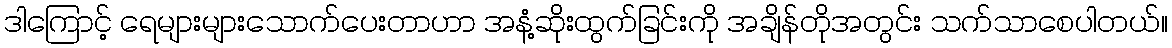
ဒါကြောင့် ရေများများသောက်ပေးတာဟာ အနံ့ဆိုးထွက်ခြင်းကို အချိန်တိုအတွင်း သက်သာစေပါတယ်။